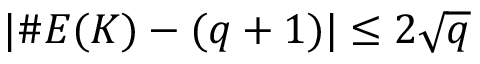
| \# E ( K ) - ( q + 1 ) | \leq 2 { \sqrt { q } }